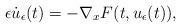
LaTeX: \begin{align*}\epsilon\dot{u}_\epsilon(t)=-\nabla_xF(t,u_\epsilon(t)),\end{align*}